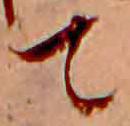
て